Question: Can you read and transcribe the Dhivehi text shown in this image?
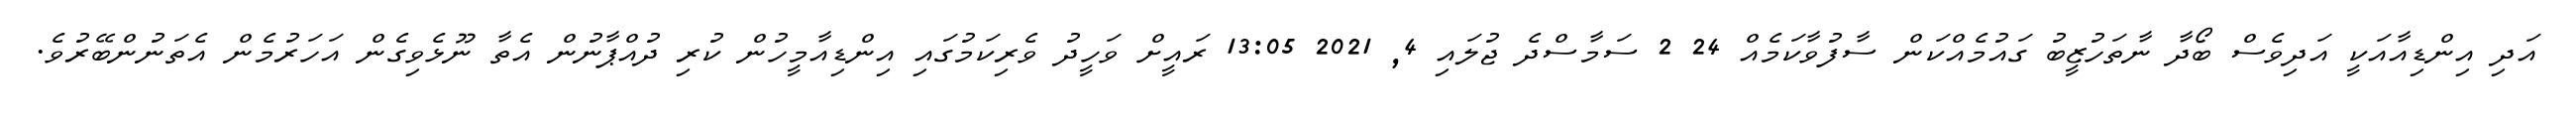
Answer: އަދި އިންޑިއާއަކީ އަދިވެސް ބޯދާ ނާތަހުޒީބު ގައުމެއްކަން ސާފުވާކަމެއް 24 2 ސަމާސްދެ ޖުލައި 4, 2021 13:05 ރައީށް ވަހީދު ވެރިކަމުގައި އިންޑިއާމީހުން ކުރި ދުއްޕާނުން އެތާ ނޫޅެވިގެން އަހަރުމެން އެތަނުންބޭރުވެ.